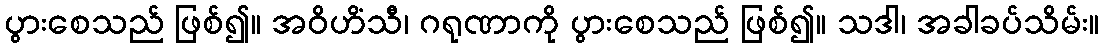
ပွားစေသည် ဖြစ်၍။ အဝိဟိံသီ၊ ဂရုဏာကို ပွားစေသည် ဖြစ်၍။ သဒါ၊ အခါခပ်သိမ်း။